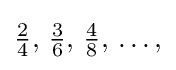
{\textstyle {\frac {2}{4}},\,{\frac {3}{6}},\,{\frac {4}{8}},\,\dots ,}